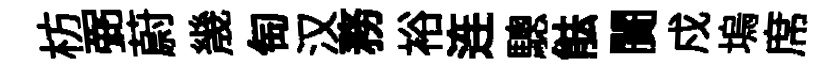
枋弼蔚㡬匋汉務裕连驄䏻闠戍塢席